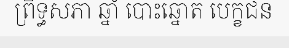
ព្រឹទ្ធសភា ឆ្នាំ បោះឆ្នោត បេក្ខជន